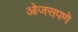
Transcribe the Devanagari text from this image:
ओजसपणे